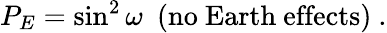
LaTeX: P_{E}=\sin^{2}\omega\ \ (\mathrm{no\ Earth\ effects})\ .